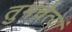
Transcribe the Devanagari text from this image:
तुमचेत्यां